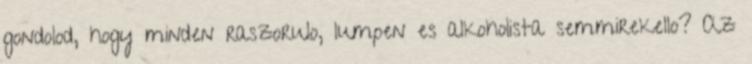
gondolod, hogy minden raszorulo, lumpen es alkoholista semmirekello? Az